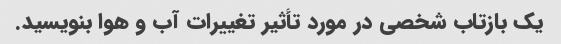
یک بازتاب شخصی در مورد تأثیر تغییرات آب و هوا بنویسید.